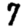
Digit: 7